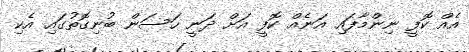
އެއް ކޮފީ ނިންމާފައި އަނެއް ކޮފީ އަށް ދަނީ ހަސަން ބުނިގޮތުގައި އެކި